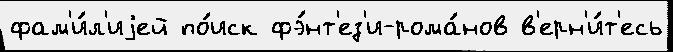
фам'и́л'иjей по́иск фэ́нт'ез'и-рома́нов в'ерн'и́т'есь